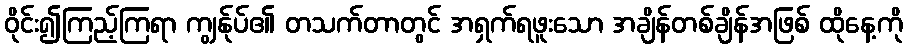
ဝိုင်း၍ကြည့်ကြရာ ကျွန်ုပ်၏ တသက်တာတွင် အရှက်ရဖူးသော အချိန်တစ်ချိန်အဖြစ် ထိုနေ့ကို